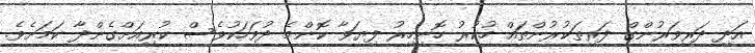
އަދި ދަރިވަރުންގް ފަރިތަކުރުންތައް ހުކުރު ހޮނިހިރު ފިޔަވާ ކޮންމެ ދުވަހަކުވެސް ކުރިއަށްގެންދާ ކަމަށެވެ.